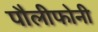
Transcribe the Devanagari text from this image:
पौलीफोनी